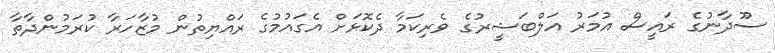
ސޫދާނުގެ ރައީސް އުމަރު އަލްބަޝީރުގެ ވެރިކަމާ ދެކޮޅަށް އެގައުމުގެ ރައްޔިތުން މުޒާހަރާ ކުރަމުންދާތާ